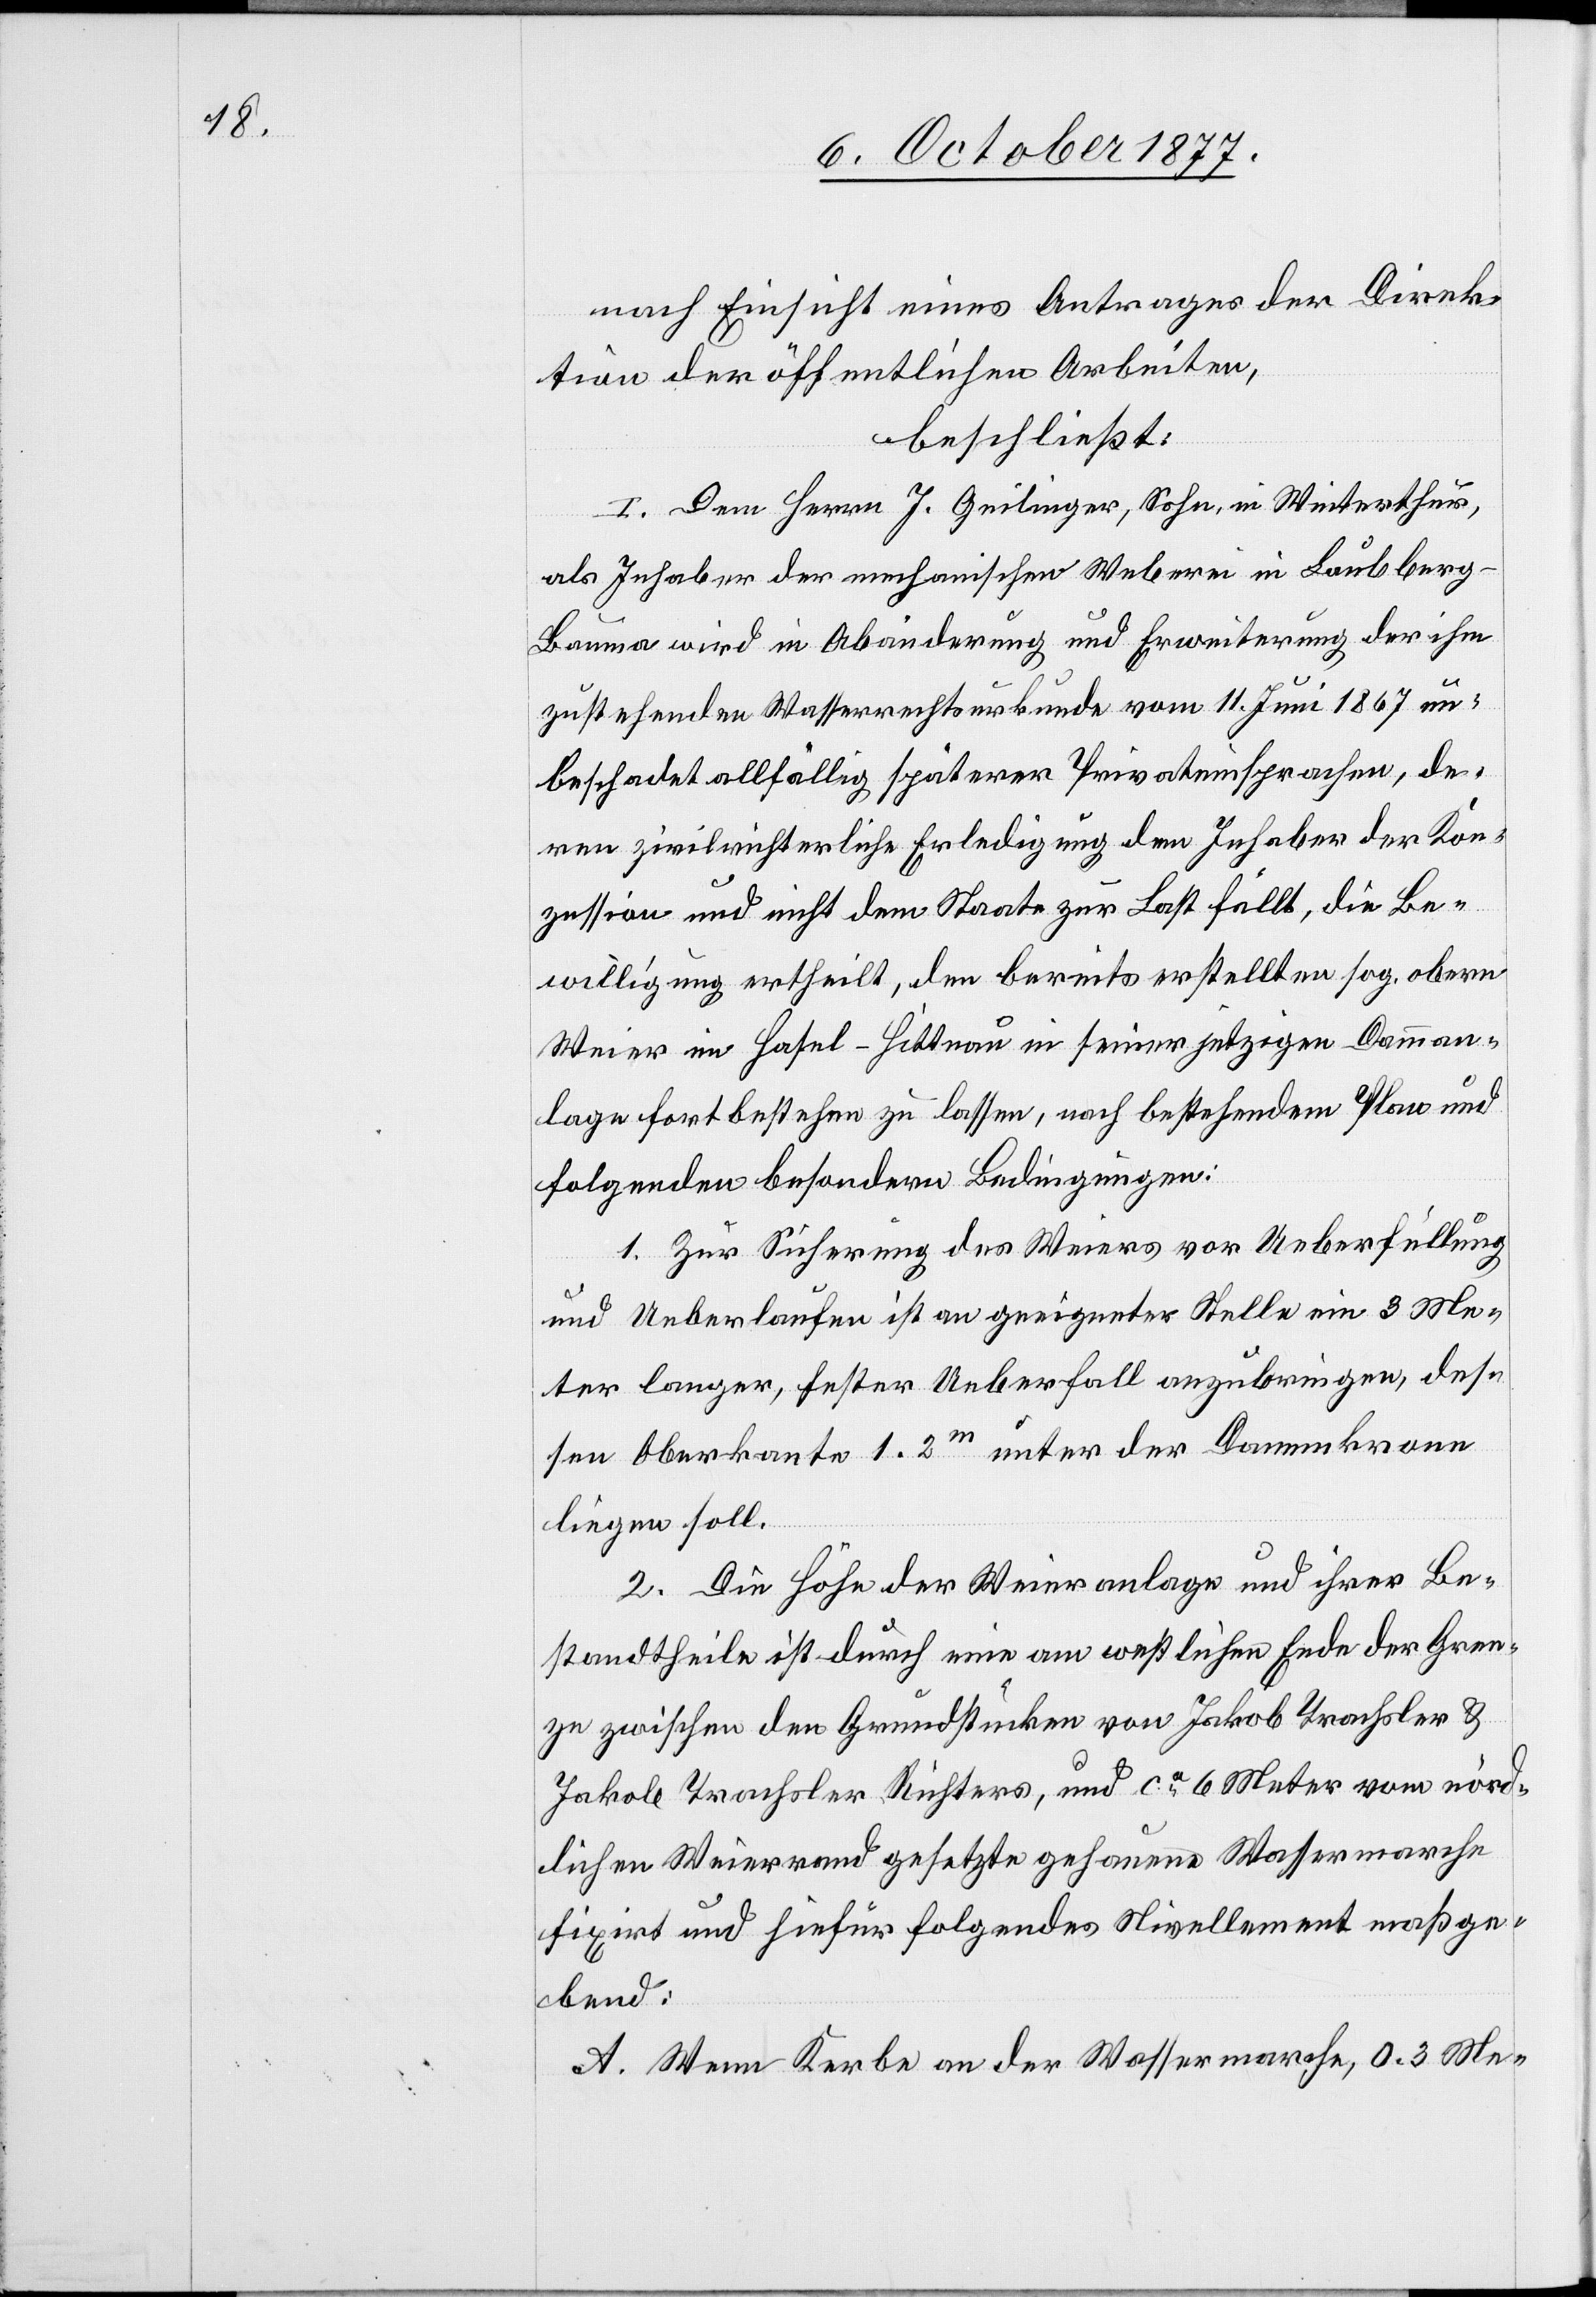
nach Einsicht eines Antrages der Direk¬
tion der öffentlichen Arbeiten,
beschließt:
I. Dem Herrn J. Geilinger, Sohn, in Winterthur,
A.
als Inhaber der mechanischen Weberei in Laubberg
Bauma wird in Abänderung und Erweiterung der ihm
zustehenden Wasserrechtsurkunde vom 11. Juni 1867 un¬
beschadet allfällig späterer Privateinsprachen, de¬
ren zivilrichterliche Erledigung dem Inhaber der Kon¬
zession und nicht dem Staate zur Last fällt, die Be¬
willigung ertheilt, den bereits erstellten sog. obern
Weier im Hasel - Hittnau in seiner jetzigen Damman¬
lage fortbestehen zu lassen, nach bestehendem Plan und
folgenden besondern Bedingungen:
1. Zur Sicherung des Weiers vor Ueberfüllung
und Ueberlaufen ist an geeigneter Stelle ein 3 Me¬
ter langer, fester Ueberfall anzubringen, des¬
sen Oberkante 1.2m unter der Dammkrone
liegen soll.
2. Die Höhe der Weieranlage und ihrer Be¬
standtheile ist durch eine am westlichen Ende der Gren¬
ze zwischen den Grundstücken von Jakob Trachsler &
Jakob Trachsler Richters, und ca 6 Meter vom nörd¬
lichen Weierrand gesetzte gehauene Wassermarche
fixirt und hiefür folgendes Nivellement maßge¬
bend:
Wenn Kerbe an der Wassermarche, 0.3 Me-